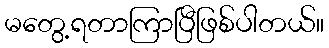
မတွေ့ရတာကြာပြီဖြစ်ပါတယ်။